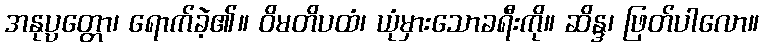
အနုပ္ပတ္တော၊ ရောက်ခဲ့၏။ ဝိမတိပထံ၊ ယုံမှားသောခရီးကို။ ဆိန္ဒ၊ ဖြတ်ပါလော။